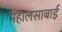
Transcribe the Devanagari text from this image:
महालसाबाई